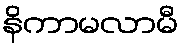
နိကာမလာမီ